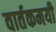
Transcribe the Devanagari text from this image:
वार्तकमयी